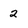
Character: 2